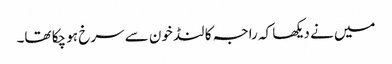
میں نے دیکھا کہ راجہ کا لنڈ خون سے سرخ ہو چکا تھا۔